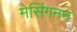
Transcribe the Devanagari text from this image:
मेसिंगनन